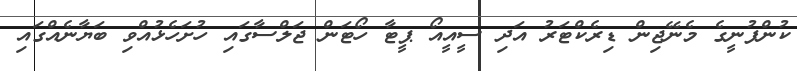
ކުންފުނީގެ މެނޭޖިން ޑިރެކްޓަރު އަދި ސީއީއޯ ޕީޓާ ހޯޓަން ޖަލްސާގައި ހުށަހެޅުއްވި ބަޔާނެއްގައި